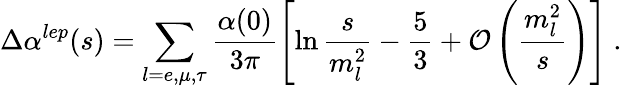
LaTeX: \Delta\alpha^{lep}(s)=\sum_{l=e,\mu,\tau}\frac{\alpha(0)}{3\pi}\left[\ln\frac{s}{m_{l}^{2}}-\frac{5}{3}+{\cal O}\left(\frac{m_{l}^{2}}{s}\right)\right]~.